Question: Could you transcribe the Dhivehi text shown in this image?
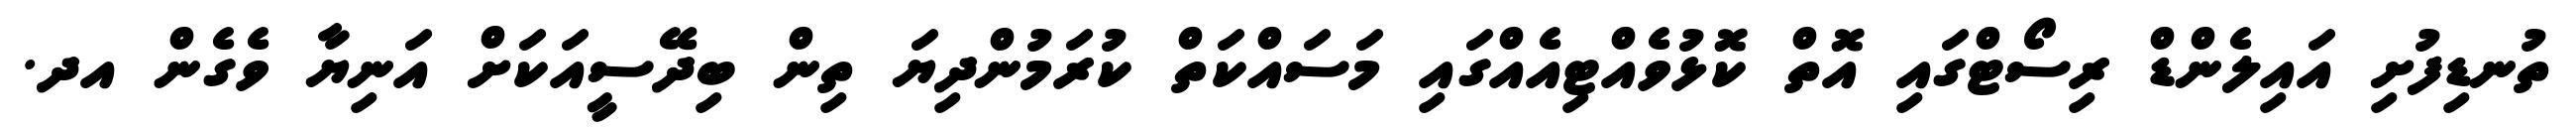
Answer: ތުނޑިފުށި އައިލެންޑް ރިސޯޓްގައި އޮތް ކޮޅުވެއްޓިއެއްގައި މަސައްކަތް ކުރަމުންދިޔަ ތިން ބިދޭސީއަކަށް އަނިޔާ ވެގެން އދ.